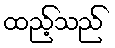
ထည့်သည်